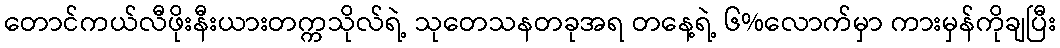
တောင်ကယ်လီဖိုးနီးယားတက္ကသိုလ်ရဲ့ သုတေသနတခုအရ တနေ့ရဲ့ ၆%လောက်မှာ ကားမှန်ကိုချပြီး